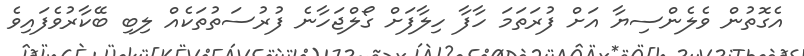
އެގޮތުން ވެލެންސިޔާ އަށް ފުރަތަމަ ހާފާ ހިލާފަށް ގޯލްޖަހާނެ ފުރުސަތުތަކެއް ލިބި ބޭކާރުވެފައިވެ